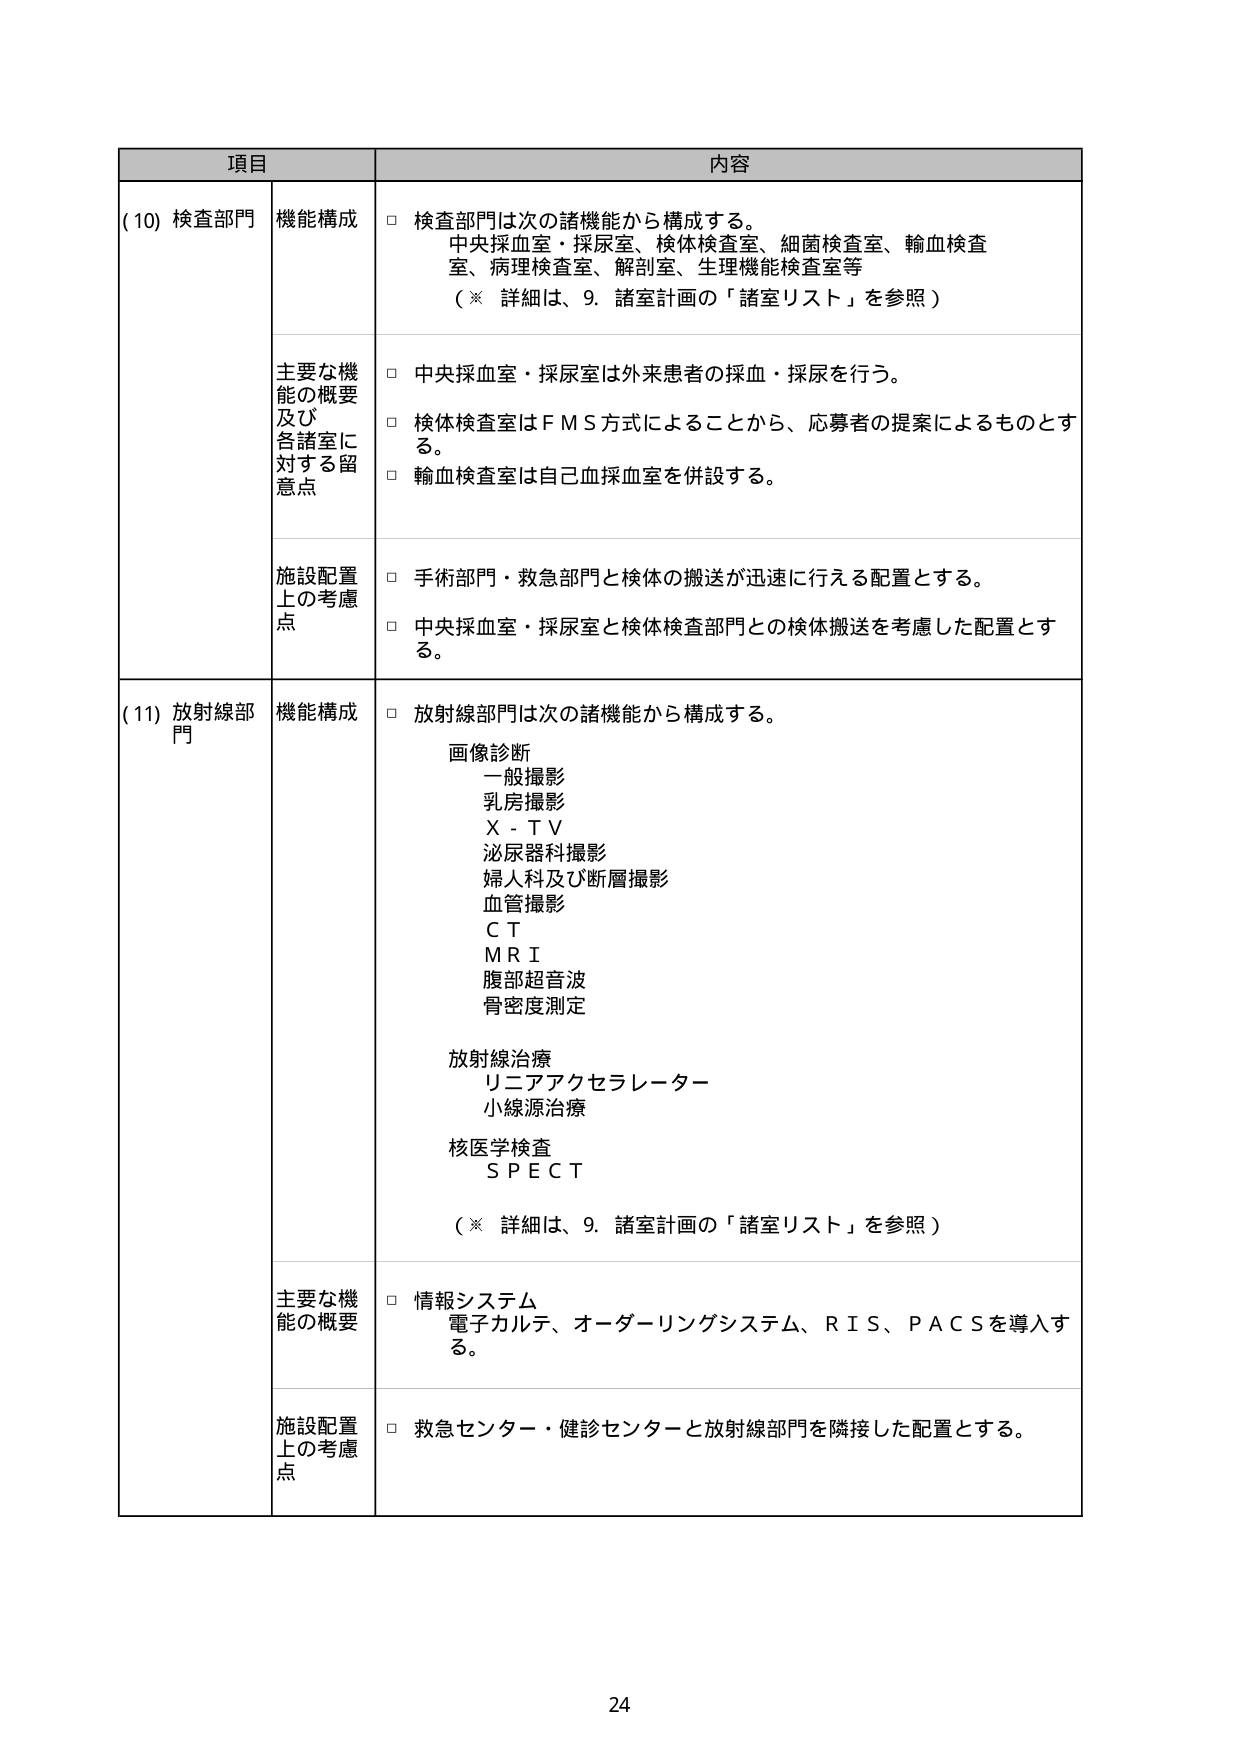
項目 内容
(10) 検査部門 機能構成 □ 検査部門は次の諸機能から構成する。
中央採血室・採尿室、検体検査室、細菌検査室、輸血検査室、病理検査室、解剖室、生理機能検査室等
（※ 詳細は、9. 諸室計画の「諸室リスト」を参照）
主要な機能の概要及び各諸室に対する留意点 □ 中央採血室・採尿室は外来患者の採血・採尿を行う。
□ 検体検査室はＦＭＳ方式によることから、応募者の提案によるものとする。
□ 輸血検査室は自己血採血室を併設する。
施設配置上の考慮点 □ 手術部門・救急部門と検体の搬送が迅速に行える配置とする。
□ 中央採血室・採尿室と検体検査部門との検体搬送を考慮した配置とする。
(11) 放射線部門 機能構成 □ 放射線部門は次の諸機能から構成する。
画像診断
一般撮影
乳房撮影
Ｘ－ＴＶ
泌尿器科撮影
婦人科及び断層撮影
血管撮影
ＣＴ
ＭＲＩ
腹部超音波
骨密度測定
放射線治療
リニアアクセルレーター
小線源治療
核医学検査
ＳＰＥＣＴ
（※ 詳細は、9. 諸室計画の「諸室リスト」を参照）
主要な機能の概要 □ 情報システム
電子カルテ、オーダーリングシステム、ＲＩＳ、ＰＡＣＳを導入する。
施設配置上の考慮点 □ 救急センター・健診センターと放射線部門を隣接した配置とする。
24